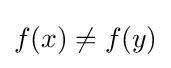
f(x)\neq f(y)